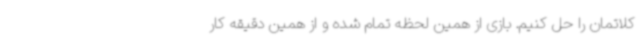
کلاتمان را حل کنیم. بازی از همین لحظه تمام شده و از همین دقیقه کار